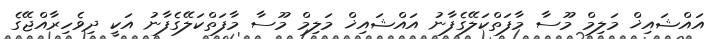
އައްޝައިޚް މަލިމް މޫސާ މާފަތްކަލޭގެފާނު އައްޝައިޚް މަލިމް މޫސާ މާފަތްކަލޭގެފާނު އަކީ ދިވެހިރާއްޖޭގެ